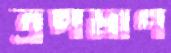
ত্রপমাণ